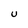
Character: U